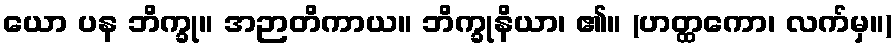
ယော ပန ဘိက္ခု။ အဉာတိကာယ။ ဘိက္ခုနိယာ၊ ၏။ (ဟတ္ထကော၊ လက်မှ။)